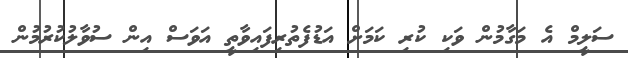
ސަލީމް އެ މަގާމުން ވަކި ކުރި ކަމަށް އަޑުފެތުރިފައިވާތީ އަވަސް އިން ސުވާލުކުރުމުން